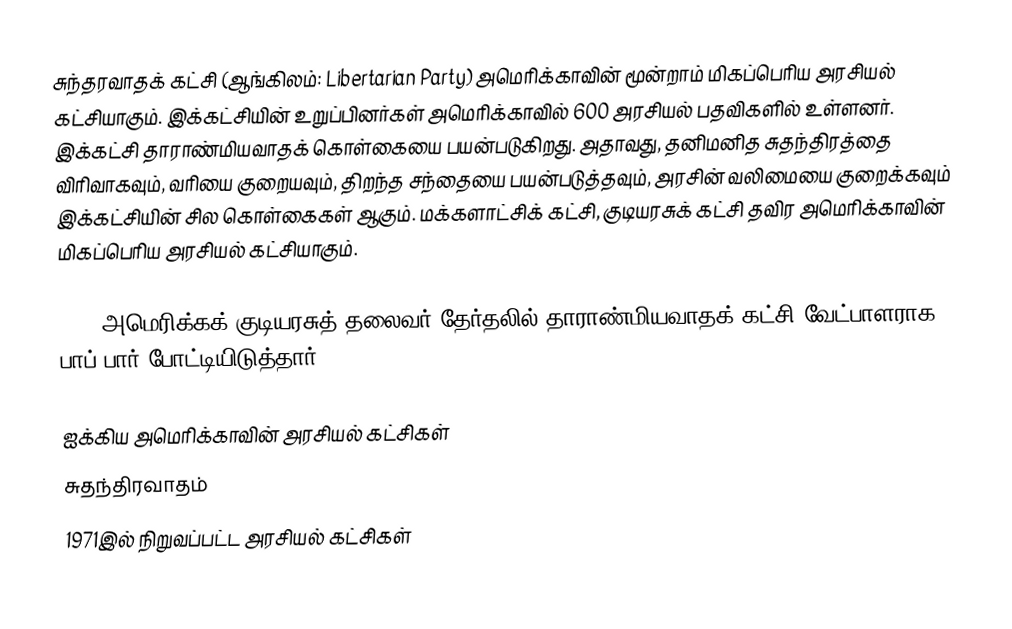
சுந்தரவாதக் கட்சி (ஆங்கிலம்: Libertarian Party) அமெரிக்காவின் மூன்றாம் மிகப்பெரிய அரசியல் கட்சியாகும். இக்கட்சியின் உறுப்பினர்கள் அமெரிக்காவில் 600 அரசியல் பதவிகளில் உள்ளனர். இக்கட்சி தாராண்மியவாதக் கொள்கையை பயன்படுகிறது. அதாவது, தனிமனித சுதந்திரத்தை விரிவாகவும், வரியை குறையவும், திறந்த சந்தையை பயன்படுத்தவும், அரசின் வலிமையை குறைக்கவும் இக்கட்சியின் சில கொள்கைகள் ஆகும். மக்களாட்சிக் கட்சி, குடியரசுக் கட்சி தவிர அமெரிக்காவின் மிகப்பெரிய அரசியல் கட்சியாகும்.

2008 அமெரிக்கக் குடியரசுத் தலைவர் தேர்தலில் தாராண்மியவாதக் கட்சி வேட்பாளராக பாப் பார் போட்டியிடுத்தார்.

ஐக்கிய அமெரிக்காவின் அரசியல் கட்சிகள்
சுதந்திரவாதம்
1971இல் நிறுவப்பட்ட அரசியல் கட்சிகள்